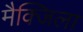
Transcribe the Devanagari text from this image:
मैक्जिला